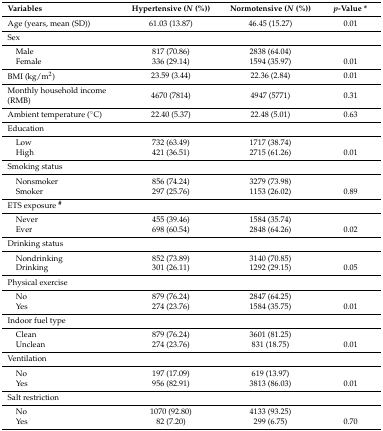
| Variables | Hypertensive (N (%)) | Normotensive (N (%)) | p-Value * |
 | --- | --- | --- | --- |
 | Age (years, mean (SD)) | 61.03 (13.87) | 46.45 (15.27) | 0.01 |
 | Sex |  |  |  |
 | Male | 817 (70.86) | 2838 (64.04) |  |
 | Female | 336 (29.14) | 1594 (35.97) | 0.01 |
 | BMI (kg/m2) | 23.59 (3.44) | 22.36 (2.84) | 0.01 |
 | Monthly household income (RMB) | 4670 (7814) | 4947 (5771) | 0.31 |
 | Ambient temperature (°C) | 22.40 (5.37) | 22.48 (5.01) | 0.63 |
 | Education |  |  |  |
 | Low | 732 (63.49) | 1717 (38.74) |  |
 | High | 421 (36.51) | 2715 (61.26) | 0.01 |
 | Smoking status |  |  |  |
 | Nonsmoker | 856 (74.24) | 3279 (73.98) |  |
 | Smoker | 297 (25.76) | 1153 (26.02) | 0.89 |
 | ETS exposure # |  |  |  |
 | Never | 455 (39.46) | 1584 (35.74) |  |
 | Ever | 698 (60.54) | 2848 (64.26) | 0.02 |
 | Drinking status |  |  |  |
 | Nondrinking | 852 (73.89) | 3140 (70.85) |  |
 | Drinking | 301 (26.11) | 1292 (29.15) | 0.05 |
 | Physical exercise |  |  |  |
 | No | 879 (76.24) | 2847 (64.25) |  |
 | Yes | 274 (23.76) | 1584 (35.75) | 0.01 |
 | Indoor fuel type |  |  |  |
 | Clean | 879 (76.24) | 3601 (81.25) |  |
 | Unclean | 274 (23.76) | 831 (18.75) | 0.01 |
 | Ventilation |  |  |  |
 | No | 197 (17.09) | 619 (13.97) |  |
 | Yes | 956 (82.91) | 3813 (86.03) | 0.01 |
 | Salt restriction |  |  |  |
 | No | 1070 (92.80) | 4133 (93.25) |  |
 | Yes | 82 (7.20) | 299 (6.75) | 0.70 |